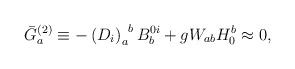
LaTeX: \begin{align*}\bar{G}_{a}^{(2)}\equiv -\left( D_{i}\right)_{a}^{\;\;b}B_{b}^{0i}+gW_{ab}H_{0}^{b}\approx 0, \end{align*}